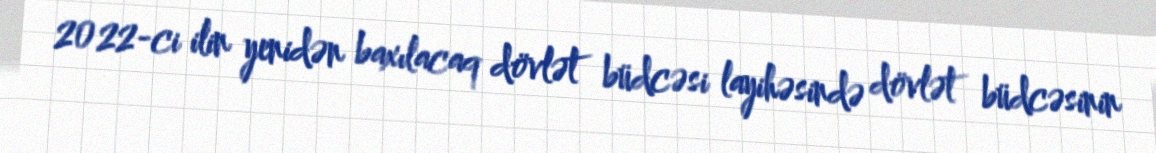
2022-ci ilin yenidən baxılacaq dövlət büdcəsi layihəsində dövlət büdcəsinin